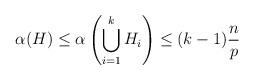
LaTeX: \begin{align*} \alpha(H)\leq \alpha\left(\bigcup_{i=1}^k H_i\right) \leq (k-1)\frac{n}{p}\end{align*}